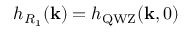
h _ { R _ { 1 } } ( \mathbf { k } ) = h _ { \mathrm { Q W Z } } ( \mathbf { k } , 0 )